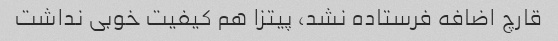
قارچ اضافه فرستاده نشد، پیتزا هم کیفیت خوبی نداشت